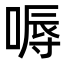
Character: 嗕